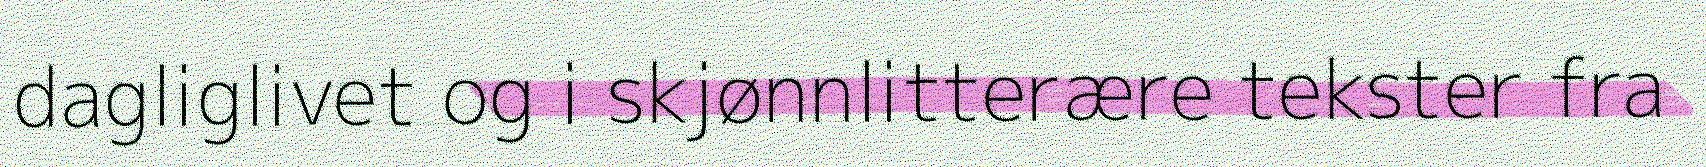
dagliglivet og i skjønnlitterære tekster fra